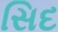
સિદ